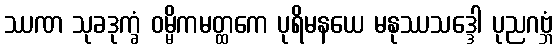
ဿဏ သုခဒုက္ခံ ဝမ္မိကမတ္ထကေ ပုရိမနယေ မနုဿသဒ္ဒေါ ပုညဂဗ္ဘံ